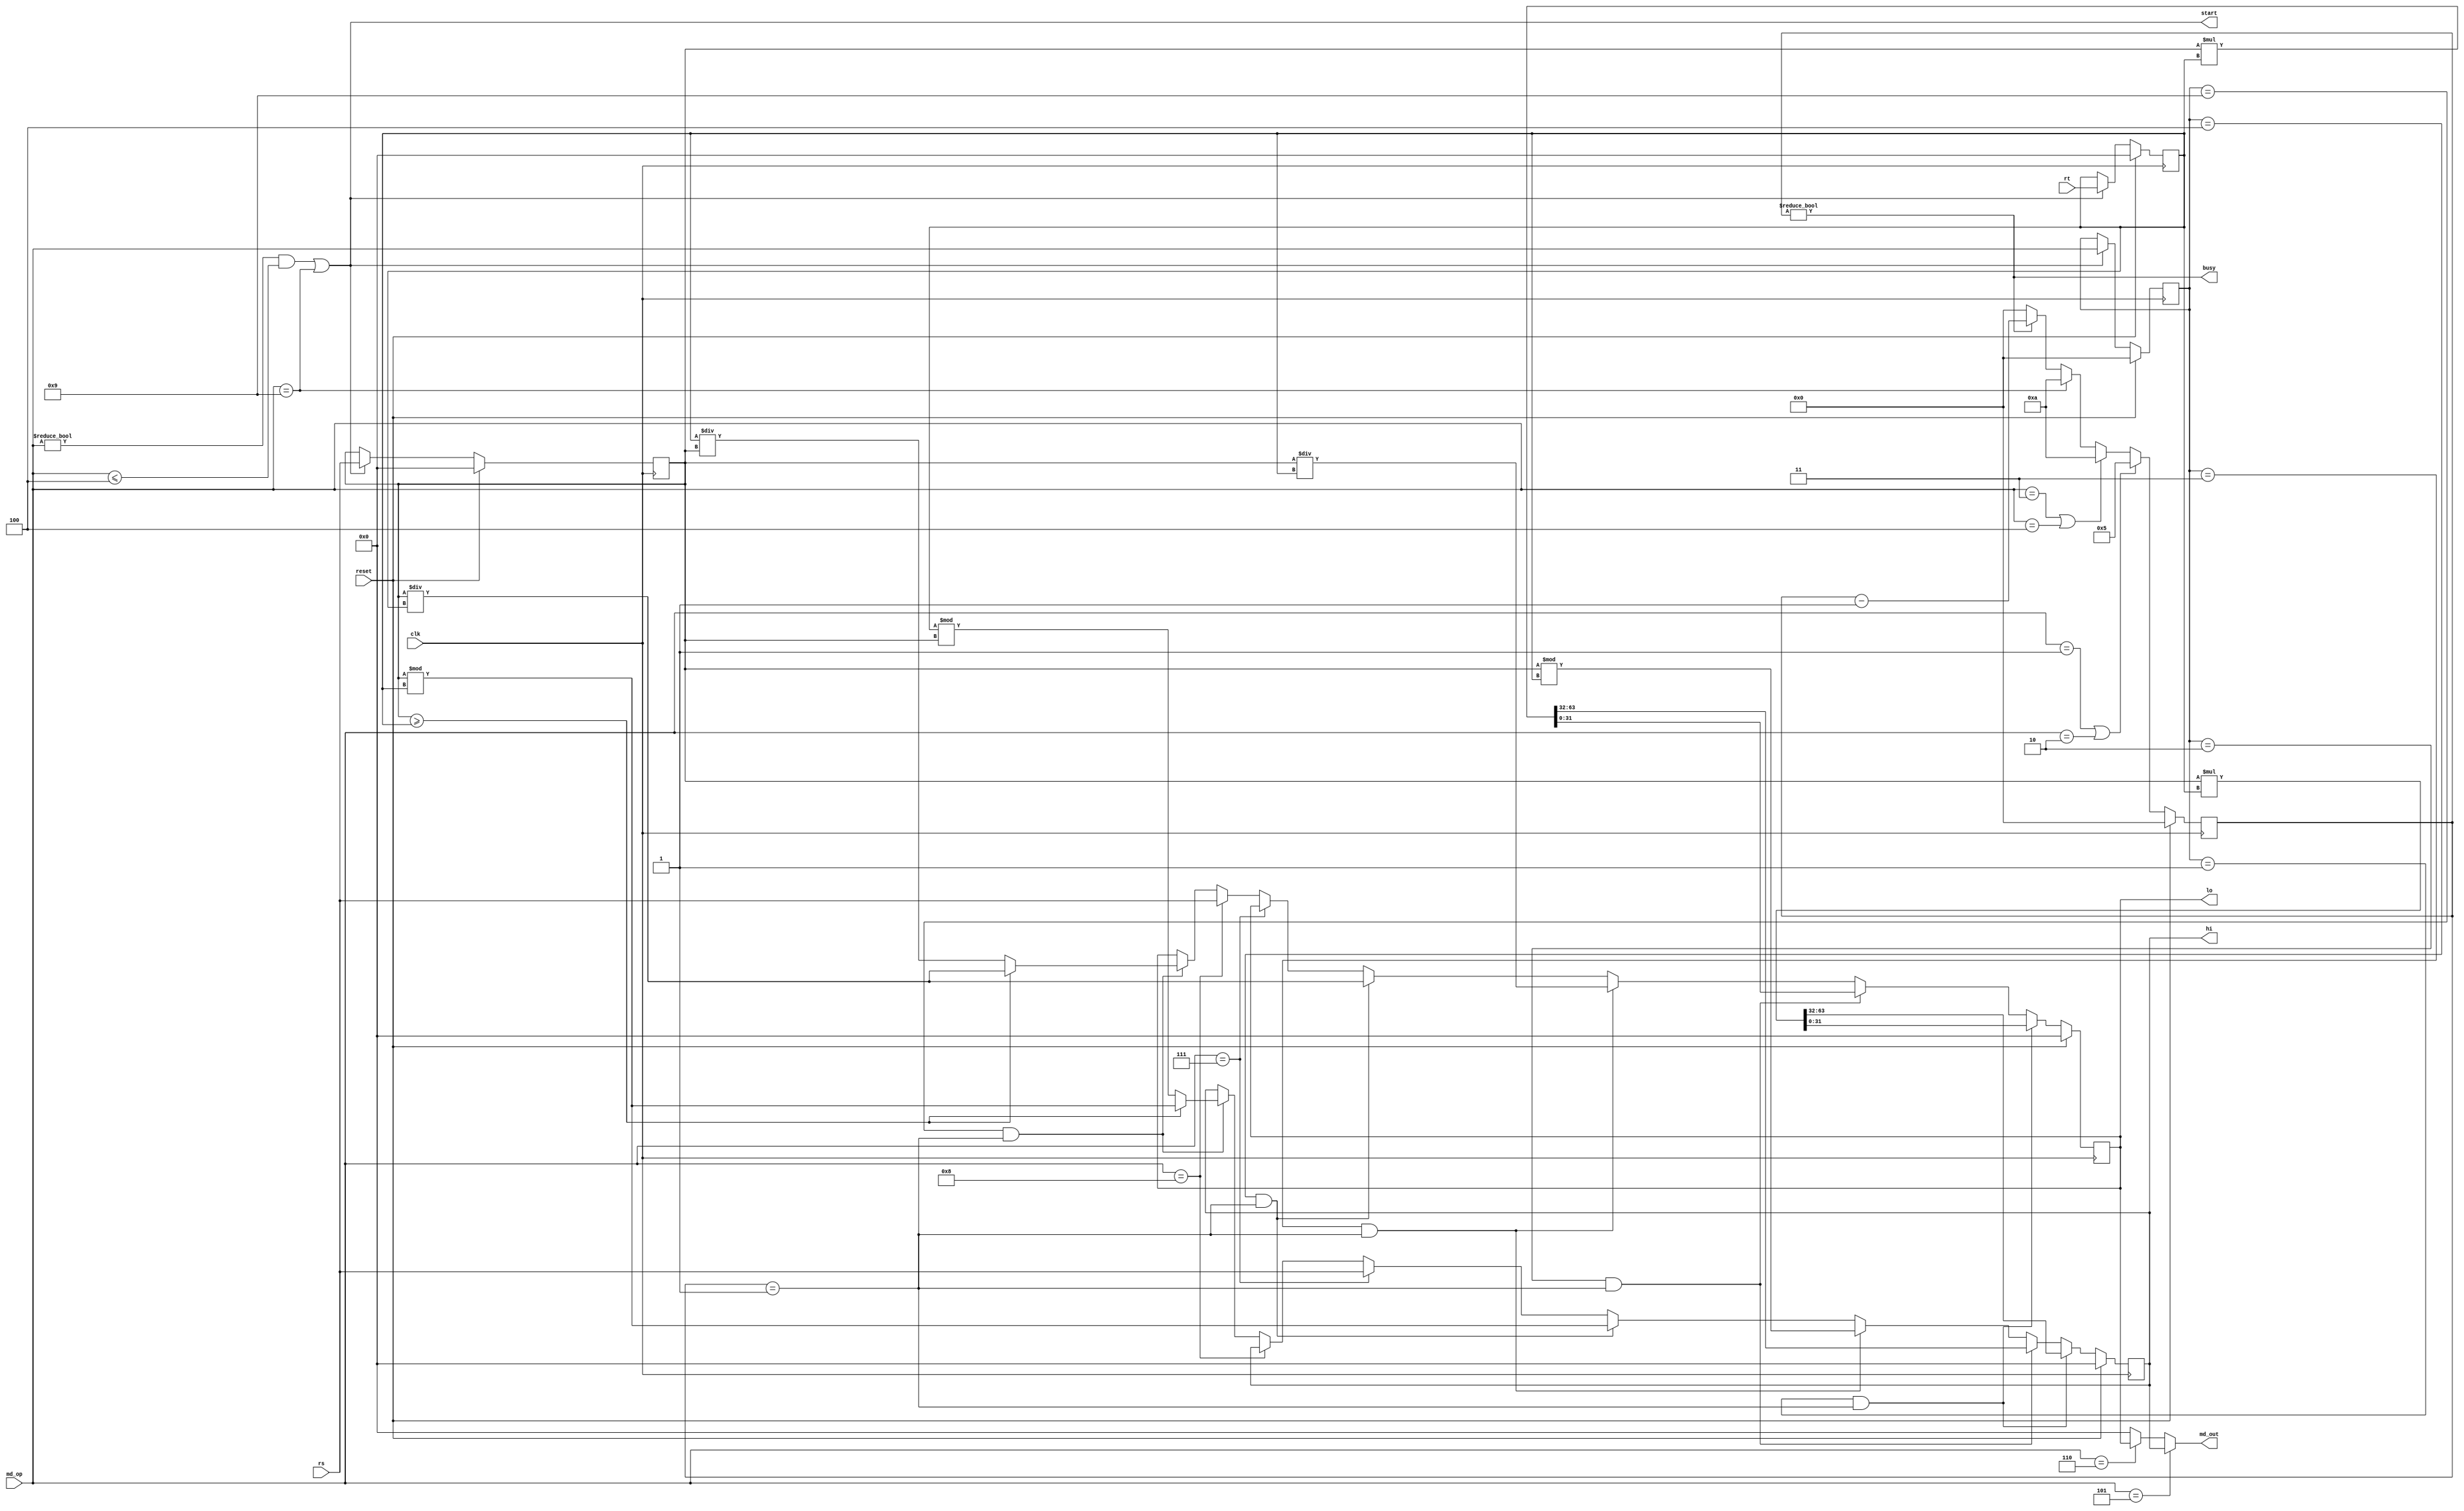
module MD (
    input clk,
    input reset,

    input [ 3:0] md_op,
    input [31:0] rs,
    input [31:0] rt,

    output start,
    output busy,

    output reg [31:0] hi,
    output reg [31:0] lo,

    output [31:0] md_out
);
    reg [ 3:0] md_op_reg;
    reg [31:0] rs_reg;
    reg [31:0] rt_reg;
    reg [ 3:0] cnt;  // busy

    reg [ 3:0] next_cnt;
    reg [31:0] next_hi;
    reg [31:0] next_lo;

    // mult, multu, div, divu, mfhi, mflo, mthi, mtlo
    assign start  = (md_op != 4'd0 & md_op <= 4'd4) | md_op == 4'd9;
    assign busy   = (cnt != 4'b0);

    assign md_out = (md_op == 4'd5) ? hi : (md_op == 4'd6) ? lo : 32'b0;

    always @(*) begin
        //next_cnt
        if (md_op == 4'd1 | md_op == 4'd2) next_cnt = 4'd5;  //mult multu
        else if (md_op == 4'd3 | md_op == 4'd4) next_cnt = 4'd10;  // div divu
        else if (md_op == 4'd9) next_cnt = 4'd10;  // bds
        else if (busy) next_cnt = cnt - 4'd1;
        else next_cnt = 4'd0;

        //next_hi next_lo 
        if (md_op_reg == 4'd1 & cnt == 4'd1)  //mult
            {next_hi, next_lo} = $signed(rs_reg) * $signed(rt_reg);
        else if (md_op_reg == 4'd2 & cnt == 4'd1)  //multu
            {next_hi, next_lo} = rs_reg * rt_reg;
        else if (md_op_reg == 4'd3 & cnt == 4'd1) begin  //div
            next_hi = $signed(rs_reg) % $signed(rt_reg);
            next_lo = $signed(rs_reg) / $signed(rt_reg);
        end else if (md_op_reg == 4'd4 & cnt == 4'd1) begin  //divu
            next_hi = rs_reg % rt_reg;
            next_lo = rs_reg / rt_reg;
        end else if (md_op == 4'd7) begin
            next_hi = rs;
            next_lo = lo;
        end else if (md_op == 4'd8) begin
            next_hi = hi;
            next_lo = rs;
        end else if (md_op_reg == 4'd9 & cnt == 4'd1) begin  //bds
            if (rs_reg >= rt_reg) begin
                next_lo = rs_reg / rt_reg;
                next_hi = rs_reg % rt_reg;
            end else begin
                next_lo = rt_reg / rs_reg;
                next_hi = rt_reg % rs_reg;
            end
        end else begin
            next_hi = hi;
            next_lo = lo;
        end
    end

    always @(posedge clk) begin
        if (reset) begin
            md_op_reg <= 4'b0;
            cnt       <= 4'b0;
            hi        <= 32'b0;
            lo        <= 32'b0;
            rs_reg    <= 32'b0;
            rt_reg    <= 32'b0;
        end else begin  //  HI  LO Busy  0
            md_op_reg <= start ? md_op : md_op_reg;
            cnt       <= next_cnt;
            hi        <= next_hi;
            lo        <= next_lo;
            rs_reg    <= start ? rs : rs_reg;
            rt_reg    <= start ? rt : rt_reg;
        end
    end

endmodule